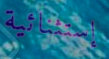
إستثنائية